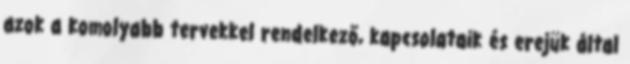
azok a komolyabb tervekkel rendelkező, kapcsolataik és erejük által